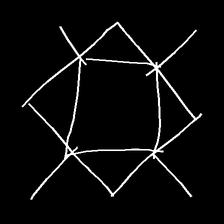
Glyph: light